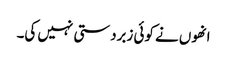
انھوں نے کوئی زبردستی نہیں کی۔